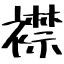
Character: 襟